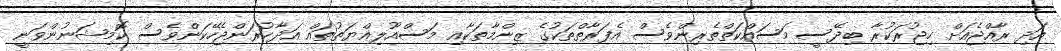
އަދި ރާއްޖެއަށް ހިޖުރަކުރާ ބިދޭސީ މަސައްކަތްތެރިންވެސް އެފަރާތްތަކުގެ ޒިންމާތަކާއި މަސްއޫލިއްޔަތުތައް އަދާކުރަންޖެހޭކަންވެސް ކޮމިޝަނުންވަނީ